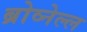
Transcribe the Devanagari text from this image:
ब्रोव्नेल्ल